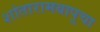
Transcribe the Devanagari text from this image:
शांतारामबापूचा